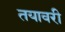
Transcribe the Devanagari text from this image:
तयावरी